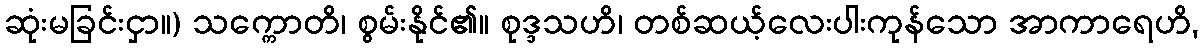
ဆုံးမခြင်းငှာ။) သက္ကောတိ၊ စွမ်းနိုင်၏။ စုဒ္ဒသဟိ၊ တစ်ဆယ့်လေးပါးကုန်သော အာကာရေဟိ,